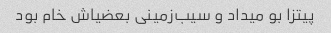
پیتزا بو میداد و سیب‌زمینی بعضیاش خام بود